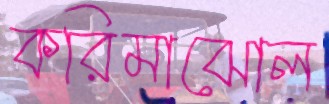
করিমাঝোল